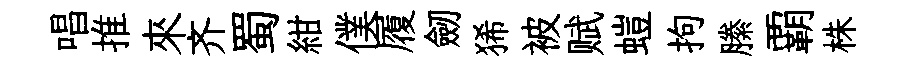
唱推來齐蜀紺僕履劒狶被赋螘拘縢覇株